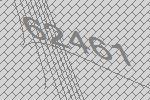
62461